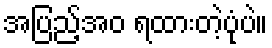
အပြည့်အဝ ရထားတဲ့ပုံပဲ။